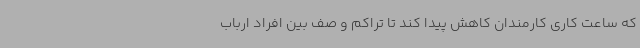
که ساعت کاری کارمندان کاهش پیدا کند تا تراکم و صف بین افراد ارباب